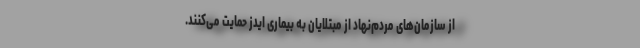
از سازمان‌های مردم‌نهاد از مبتلایان به بیماری ایدز حمایت می‌کنند.